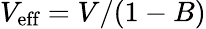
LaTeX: V_{\textrm{eff}}=V/(1-B)